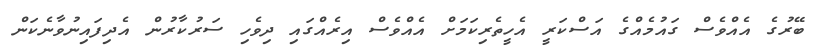
ބޭރުގެ އެއްވެސް ގައުމެއްގެ އަސްކަރީ އެހީތެރިކަމަށް އެއްވެސް އިރެއްގައި ދިވެހި ސަރުކާރުން އެދިފައިނުވާނެކަން